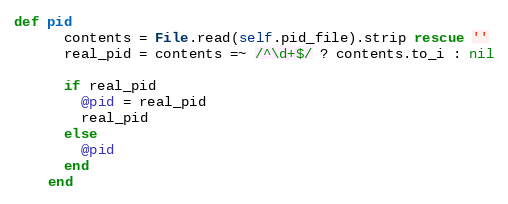
Language: Ruby
def pid
      contents = File.read(self.pid_file).strip rescue ''
      real_pid = contents =~ /^\d+$/ ? contents.to_i : nil

      if real_pid
        @pid = real_pid
        real_pid
      else
        @pid
      end
    end